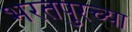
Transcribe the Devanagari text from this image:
भरतपुरच्या